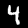
Digit: 4